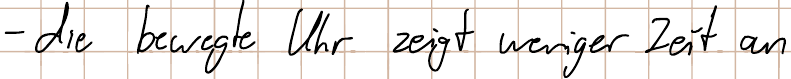
- die bewegte Uhr zeigt weniger Zeit an